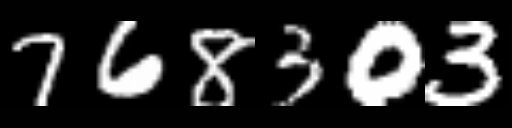
Text: 768303